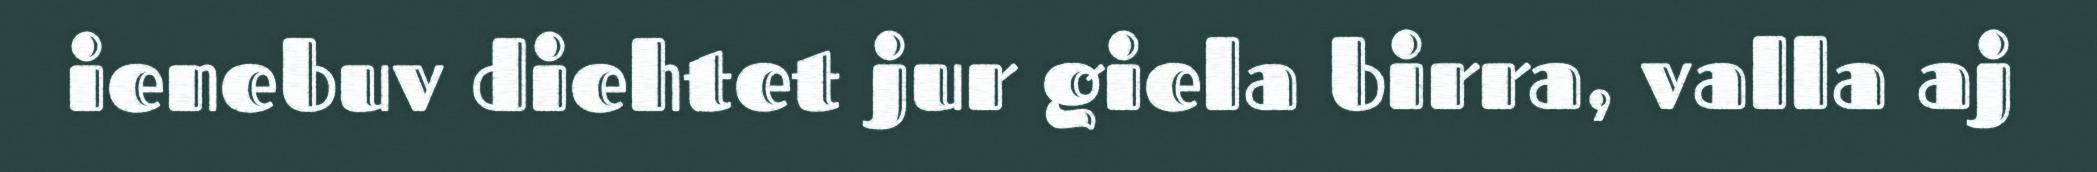
ienebuv diehtet jur giela birra, valla aj